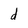
Character: d